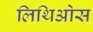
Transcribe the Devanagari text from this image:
लिथिओस